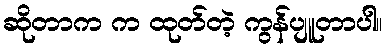
ဆိုတာက က ထုတ်တဲ့ ကွန်ပျူတာပါ။